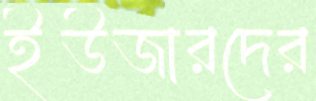
ইউজারদের